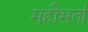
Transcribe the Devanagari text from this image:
महीभर्ता